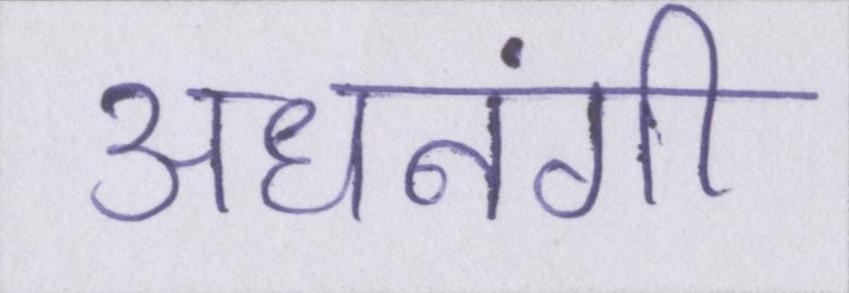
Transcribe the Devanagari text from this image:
अधनंगी